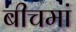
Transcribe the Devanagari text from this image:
बीचमां